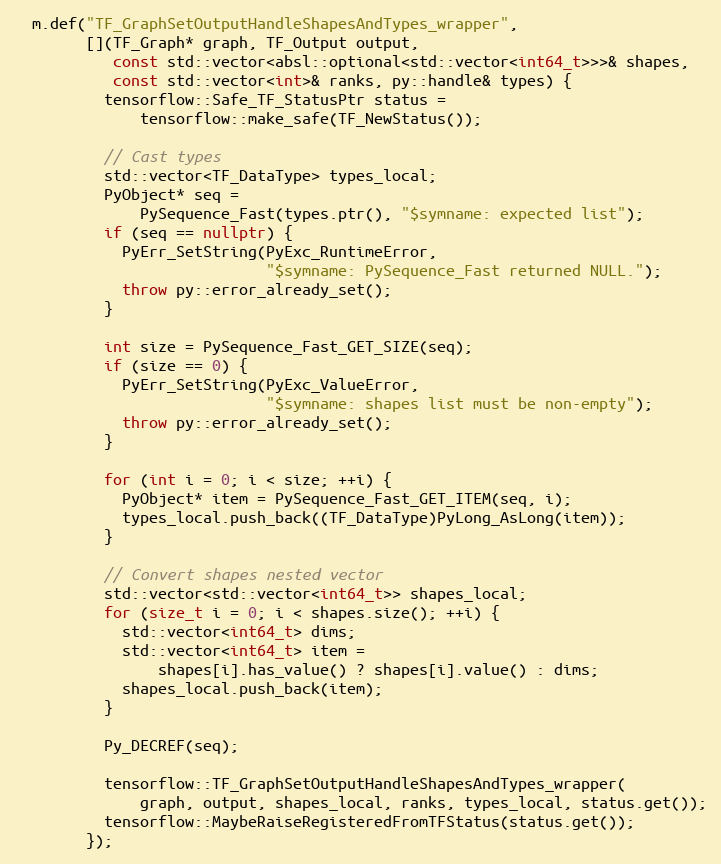
Language: C++
  m.def("TF_GraphSetOutputHandleShapesAndTypes_wrapper",
        [](TF_Graph* graph, TF_Output output,
           const std::vector<absl::optional<std::vector<int64_t>>>& shapes,
           const std::vector<int>& ranks, py::handle& types) {
          tensorflow::Safe_TF_StatusPtr status =
              tensorflow::make_safe(TF_NewStatus());

          // Cast types
          std::vector<TF_DataType> types_local;
          PyObject* seq =
              PySequence_Fast(types.ptr(), "$symname: expected list");
          if (seq == nullptr) {
            PyErr_SetString(PyExc_RuntimeError,
                            "$symname: PySequence_Fast returned NULL.");
            throw py::error_already_set();
          }

          int size = PySequence_Fast_GET_SIZE(seq);
          if (size == 0) {
            PyErr_SetString(PyExc_ValueError,
                            "$symname: shapes list must be non-empty");
            throw py::error_already_set();
          }

          for (int i = 0; i < size; ++i) {
            PyObject* item = PySequence_Fast_GET_ITEM(seq, i);
            types_local.push_back((TF_DataType)PyLong_AsLong(item));
          }

          // Convert shapes nested vector
          std::vector<std::vector<int64_t>> shapes_local;
          for (size_t i = 0; i < shapes.size(); ++i) {
            std::vector<int64_t> dims;
            std::vector<int64_t> item =
                shapes[i].has_value() ? shapes[i].value() : dims;
            shapes_local.push_back(item);
          }

          Py_DECREF(seq);

          tensorflow::TF_GraphSetOutputHandleShapesAndTypes_wrapper(
              graph, output, shapes_local, ranks, types_local, status.get());
          tensorflow::MaybeRaiseRegisteredFromTFStatus(status.get());
        });